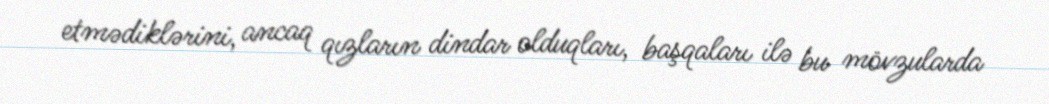
etmədiklərini, ancaq qızların dindar olduqları, başqaları ilə bu mövzularda